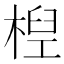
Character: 𣕕